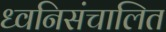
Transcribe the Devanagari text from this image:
ध्वनिसंचालित